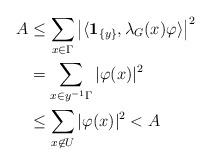
LaTeX: \begin{align*}A & \le\sum_{x \in\Gamma} \left| \langle\mathbf{1}_{\{y\}} , \lambda_{G}(x)\varphi\rangle\right| ^{2}\\& = \sum_{x \in y^{-1} \Gamma} |\varphi(x)|^{2}\\& \le\sum_{x \not \in U} |\varphi(x)|^{2} < A\end{align*}